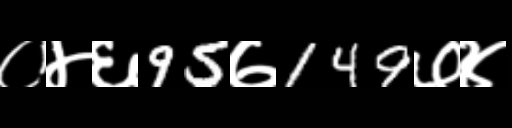
Text: ०४६95७149७४